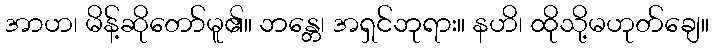
အာဟ၊ မိန့်ဆိုတော်မူ၏။ ဘန္တေ၊ အရှင်ဘုရား။ နဟိ၊ ထိုသို့မဟုတ်ချေ။